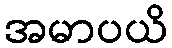
အမာပယိ